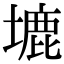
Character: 塶